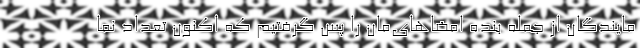
مایندگان از جمله بنده امضاهای‌مان را پس گرفتیم که اکنون تعداد نما